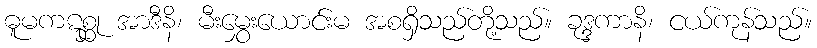
ဓူမကဋစ္ဆု အာဒီနိ၊ မီးမွှေးယောင်းမ အစရှိသည်တို့သည်။ ခုဒ္ဒကာနိ၊ ငယ်ကုန်သည်။